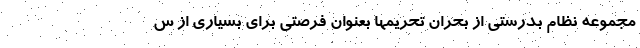
مجموعه نظام بدرستی از بحران تحریمها بعنوان فرصتی برای بسیاری از س